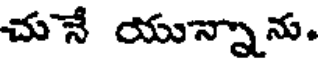
చునే యున్నాను.